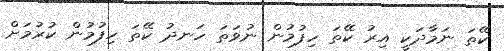
ކޭތަ ނަމާދަކީ އިރު ކޭތަ ހިފުމުން ނުވަތަ ހަނދު ކޭތަ ހިފުމުން ކުރުމަށް